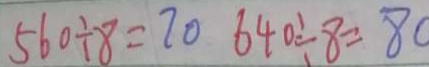
5 6 0 \div 8 = 7 0 6 4 0 \div 8 = 8 0